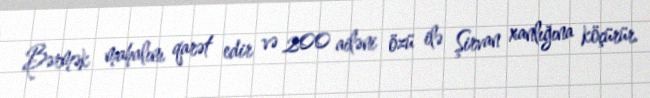
Bərmək mahalını qarət edir və 200 ailəni özü ilə Şirvan xanlığına köçürür.